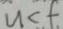
u < f